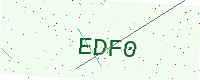
Text: EDF0